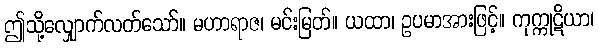
ဤသို့လျှောက်လတ်သော်။ မဟာရာဇ၊ မင်းမြတ်။ ယထာ၊ ဥပမာအားဖြင့်။ ကုက္ကုဋိယာ၊